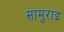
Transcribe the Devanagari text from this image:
सामुराइ